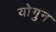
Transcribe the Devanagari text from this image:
योगुन